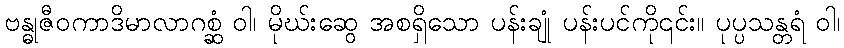
ဗန္ဓုဇီဝကာဒိမာလာဂစ္ဆံ ဝါ၊ မိုဃ်းဆွေ အစရှိသော ပန်းချုံ ပန်းပင်ကို၎င်း။ ပုပ္ပသန္တရံ ဝါ၊